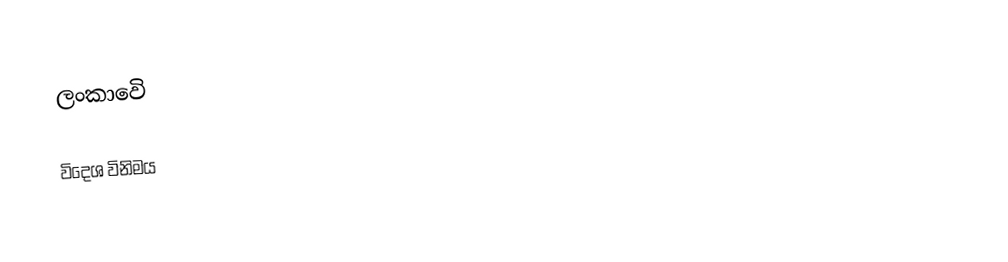
ලංකාවෙි

විදෙශ විනිමය